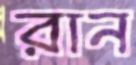
রান